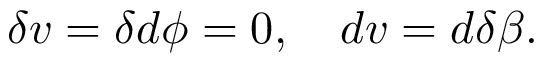
\delta v = \delta d \phi = 0 , \quad d v = d \delta \beta .